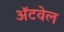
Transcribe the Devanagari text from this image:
अॅटवेल